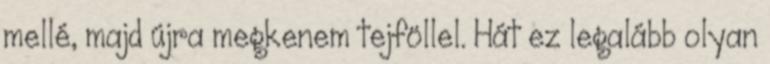
mellé, majd újra megkenem tejföllel. Hát ez legalább olyan